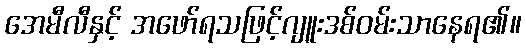
အေမီလီနှင့် အဖော်ရသဖြင့်ဂျူးဒစ်ဝမ်းသာနေရ၏။